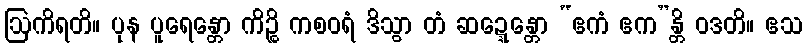
ဩကိရတိ။ ပုန ပူရေန္တော ကိဉ္စိ ကစဝရံ ဒိသွာ တံ ဆဍ္ဍေန္တော “ဧကံ ဧက”န္တိ ဝဒတိ။ ဧသ